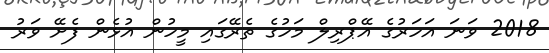
2018 ވަނަ އަހަރުގެ އޭޕްރިލް މަހުގެ ތެރޭގައި މީހުން އުޅެން ފެށޭ ވަރު